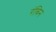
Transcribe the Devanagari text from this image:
रंबिन